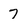
Character: 7